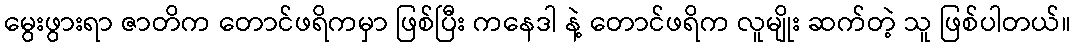
မွေးဖွားရာ ဇာတိက တောင်ဖရိကမှာ ဖြစ်ပြီး ကနေဒါ နဲ့ တောင်ဖရိက လူမျိုး ဆက်တဲ့ သူ ဖြစ်ပါတယ်။